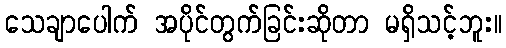
သေချာပေါက် အပိုင်တွက်ခြင်းဆိုတာ မရှိသင့်ဘူး။